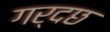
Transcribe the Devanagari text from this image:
गर्दछ